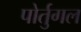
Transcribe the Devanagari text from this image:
पोर्तुगल